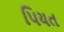
પિયત